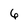
Character: 6